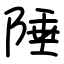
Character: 陲